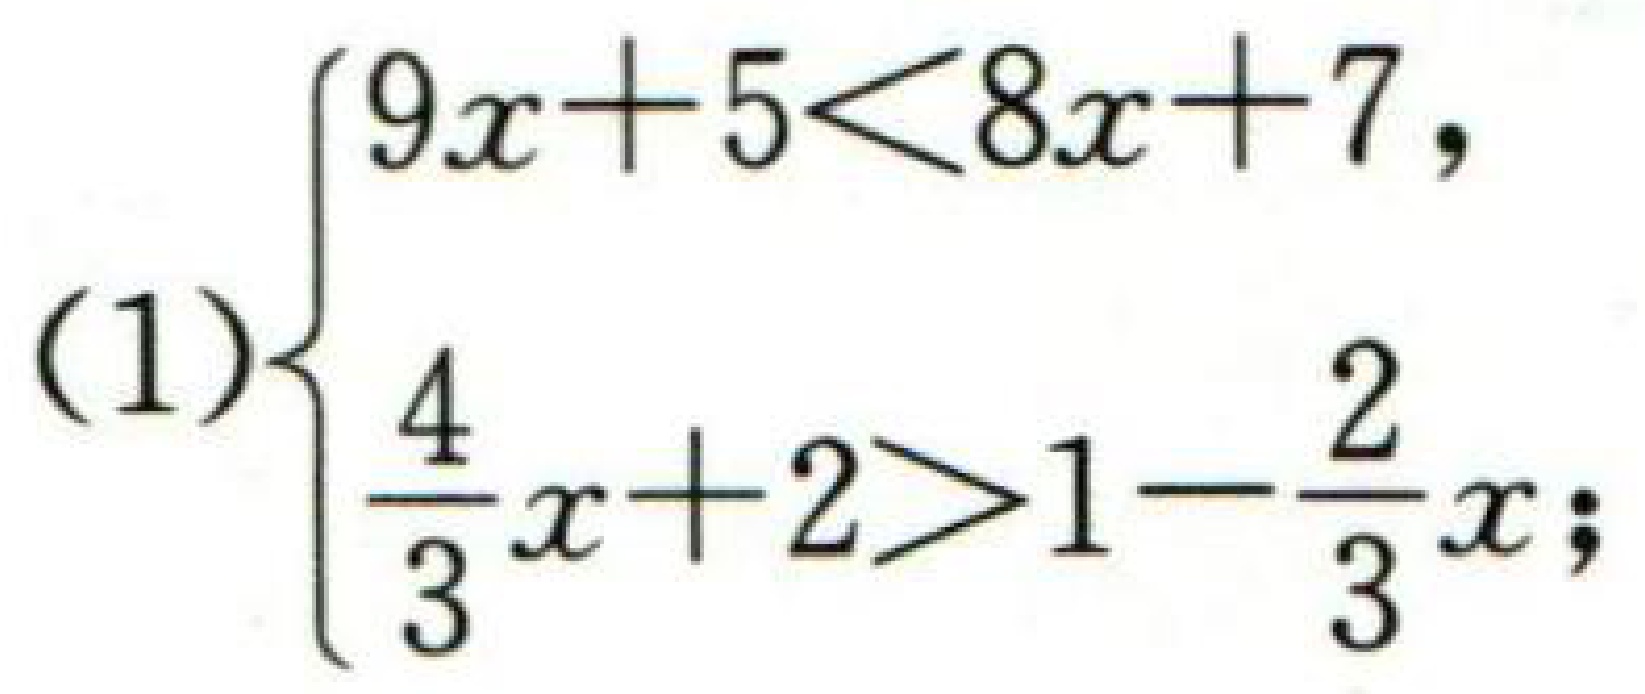
\[(1)\begin{cases}

9x + 5 < 8x + 7,\\

\frac{4}{3}x + 2 > 1 - \frac{2}{3}x;

\end{cases}\]